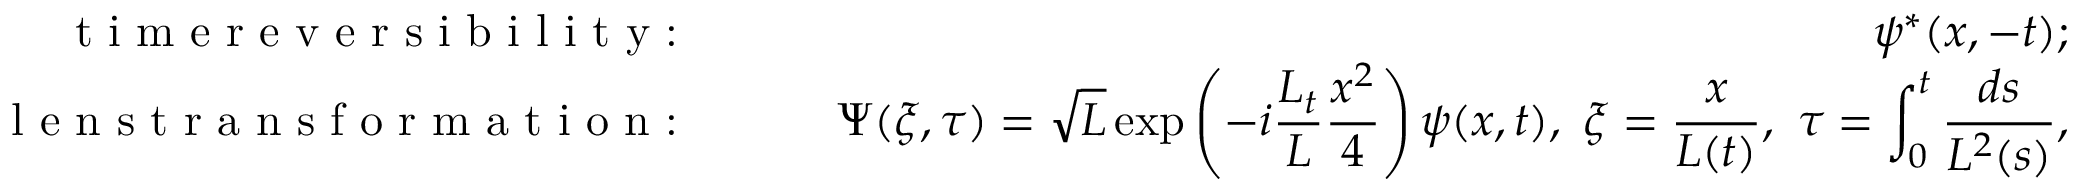
\begin{array} { r l r } { \textrm { t i m e r e v e r s i b i l i t y : } \quad } & { } & { \psi ^ { * } ( x , - t ) ; } \\ { \textrm { l e n s t r a n s f o r m a t i o n : \quad } } & { } & { \displaystyle \Psi ( \xi , \tau ) = \sqrt { L } \exp \left( - i \frac { L _ { t } } { L } \frac { x ^ { 2 } } { 4 } \right) \psi ( x , t ) , \ \xi = \frac { x } { L ( t ) } , \ \tau = \int _ { 0 } ^ { t } \frac { d s } { L ^ { 2 } ( s ) } , } \end{array}